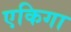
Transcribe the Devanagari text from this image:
एकिगा